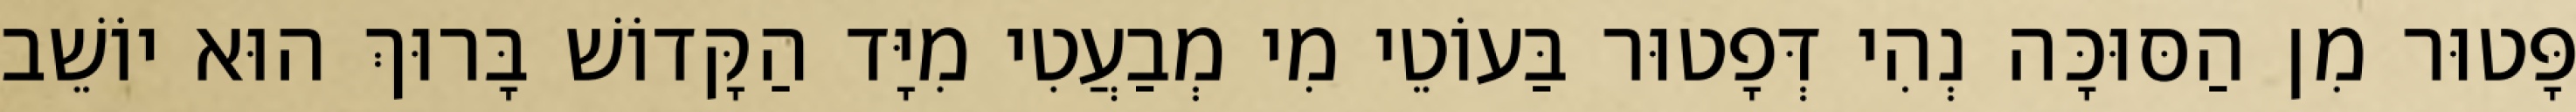
פָּטוּר מִן הַסּוּכָּה נְהִי דְּפָטוּר בַּעוֹטֵי מִי מְבַעֲטִי מִיָּד הַקָּדוֹשׁ בָּרוּךְ הוּא יוֹשֵׁב